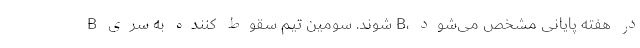
B شوند. سومین تیم سقوط کننده به سری B، در هفته پایانی مشخص می‌شود